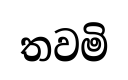
තවමි